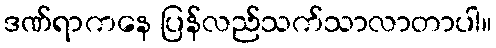
ဒဏ်ရာကနေ ပြန်လည်သက်သာလာတာပါ။